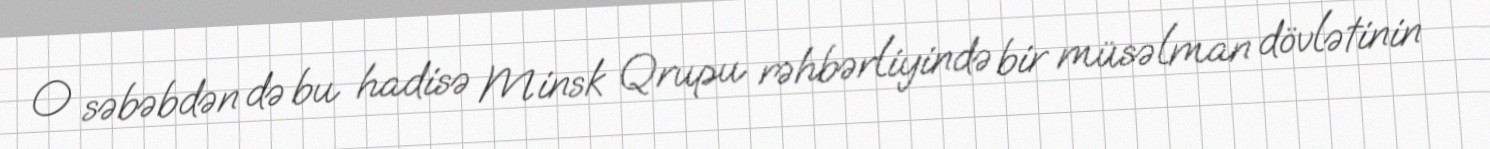
O səbəbdən də bu hadisə Minsk Qrupu rəhbərliyində bir müsəlman dövlətinin